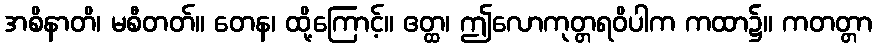
အစိနာတိ၊ မစီတတ်။ တေန၊ ထို့ကြောင့်။ ဧတ္ထ၊ ဤလောကုတ္တရဝိပါက ကထာ၌။ ကတတ္တာ